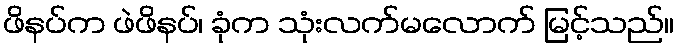
ဖိနပ်က ဖဲဖိနပ်၊ ခုံက သုံးလက်မလောက် မြင့်သည်။